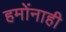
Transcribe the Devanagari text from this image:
हमोंनाही